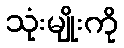
သုံးမျိုးကို